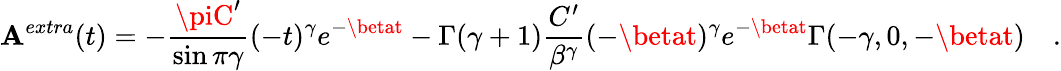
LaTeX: \mathbf{A}^{extra}(t)=-\frac{{\piC^{\prime}}}{{\sin\pi\gamma}}(-t)^{\gamma}e^{-\betat}-\Gamma(\gamma+1)\frac{{C^{\prime}}}{{\beta^{\gamma}}}(-\betat)^{\gamma}e^{-\betat}\Gamma(-\gamma,0,-\betat)\quad.